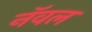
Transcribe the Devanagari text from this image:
नॅवल